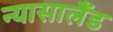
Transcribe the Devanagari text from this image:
न्यासालैंड